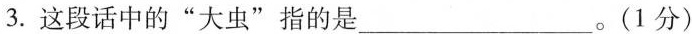
3.这段话中的”大虫”指的是___。(1分)